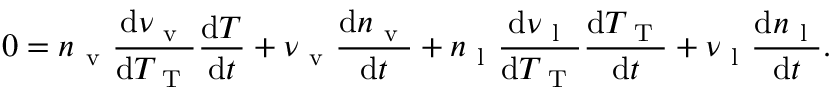
0 = n _ { \mathrm { ~ v ~ } } \frac { \mathrm { d } \nu _ { \mathrm { ~ v ~ } } } { \mathrm { d } T _ { \mathrm { ~ T ~ } } } \frac { \mathrm { d } T } { \mathrm { d } t } + \nu _ { \mathrm { ~ v ~ } } \frac { \mathrm { d } n _ { \mathrm { ~ v ~ } } } { \mathrm { d } t } + n _ { \mathrm { ~ l ~ } } \frac { \mathrm { d } \nu _ { \mathrm { ~ l ~ } } } { \mathrm { d } T _ { \mathrm { ~ T ~ } } } \frac { \mathrm { d } T _ { \mathrm { ~ T ~ } } } { \mathrm { d } t } + \nu _ { \mathrm { ~ l ~ } } \frac { \mathrm { d } n _ { \mathrm { ~ l ~ } } } { \mathrm { d } t } .